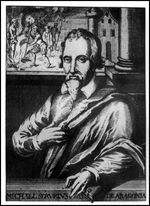
德弥盛者文弥缛，德弥彰者人弥明。